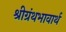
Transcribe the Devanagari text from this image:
श्रीग्रंथभावार्थ